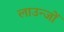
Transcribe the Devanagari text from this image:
लाउन्जों